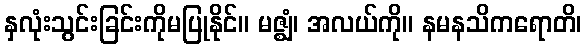
နှလုံးသွင်းခြင်းကိုမပြုနိုင်။ မဇ္ဈံ၊ အလယ်ကို။ နမနသိကရောတိ၊